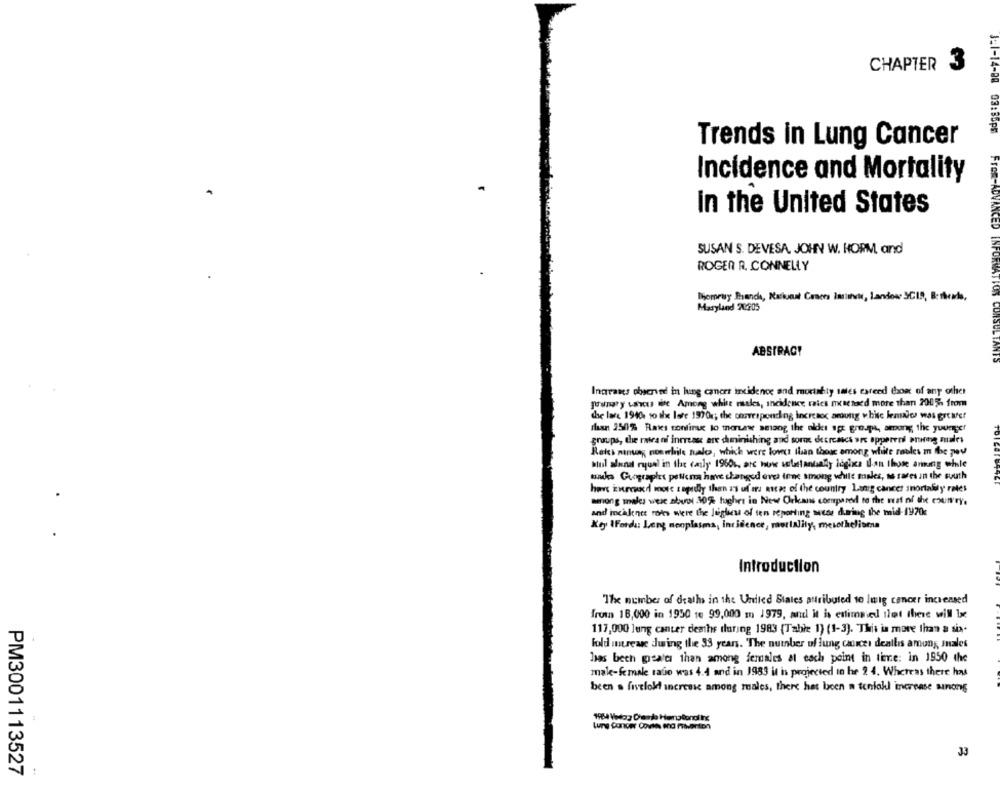
CHAPTER 3
Trends in Lung Cancer
$=1-14-88 03:55pm
Incidence and Mortality
in the United States
SUSAN S. DEVESA. JOHN W. HORM and
ROGER R. CONNELLY
Demeny Branca, Rachunat Camera Imsivi, Landowe SCIS, B: sheadds,
Maryland 20205
ABSTRACT
Ingranes observed in lung caners incidence and mortahty snes exceed thom of any other
prungty Lacus ine Among white rales, incidence rates mesensed more than 2005. from
die lare 1940 10 ax late 1970r; the onavrspending increaoc among white females was grafer
rhan 250% Raks confirae lo moruewe sesong the older age groups, among the younger
groups, the ratea ni increase are duninishing and soro decreases are opperen aning males
Rates minuag noswhile sualos, which were lower than those among white robles m the pev
hul alund ryuel in the carly 1960%, atc how selstandsaly logica Ilan those aring while
works Gungraphes peticna have changed evet tone among white tuales, as rares in the south
have Enread more rapidly than as of is nice of the country Lung cancer mortality rates
wrong makes were stool :30% hughes in New Orkais compared to the rest of the country.
and incidence rots were the Jeglieu of sen reporting ese during the mid-1970c
Key IFordu Leng monplasms, incidence, mortality, mesothelioma
Introduction
The number of deaths in the United States attributed to luig cancer increased
fruta 18,000 in 1950 16 99,000 m 1 979, and it is estimated tlet there will be
117,000 lung cancer deaths during 1983 (Table 1) (1-3). This is more than a six-
Fold iurease during the 33 years. The number of lung cancer deallis among males
has beth greater than among females at each point in time: in 1950 the
make-female radio was 4.4 and in 1983 it is projected in he 2 4. Whereas there has
been a fivelold increase among males, there has been a tentokl increase sunong
Lung Cancer Covth ano menton
33
PM3001113527